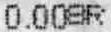
0.00SR